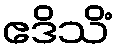
ဧဒိသိံ